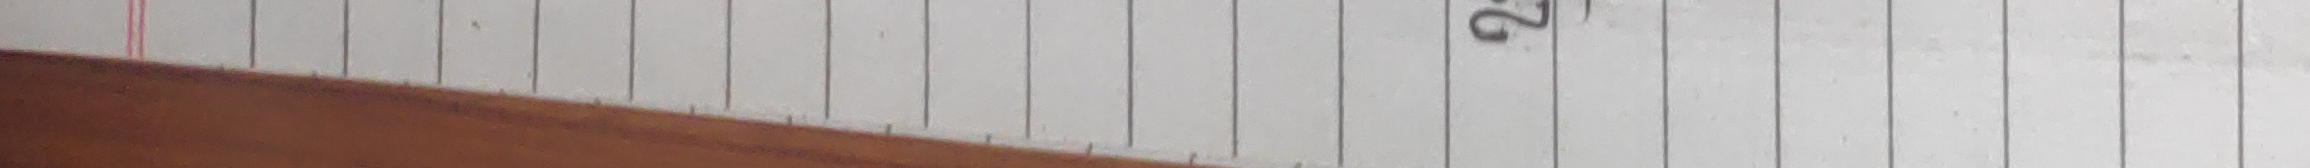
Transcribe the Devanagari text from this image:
२